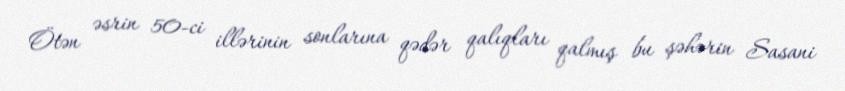
Ötən əsrin 50-ci illərinin sonlarına qədər qalıqları qalmış bu şəhərin Sasani